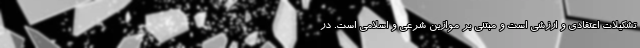
تشکیلات اعتقادی و ارزشی است و مبتنی بر موازین شرعی و اسلامی است. در